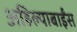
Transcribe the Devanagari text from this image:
अहिल्याबाईंस